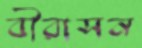
বীরাসন